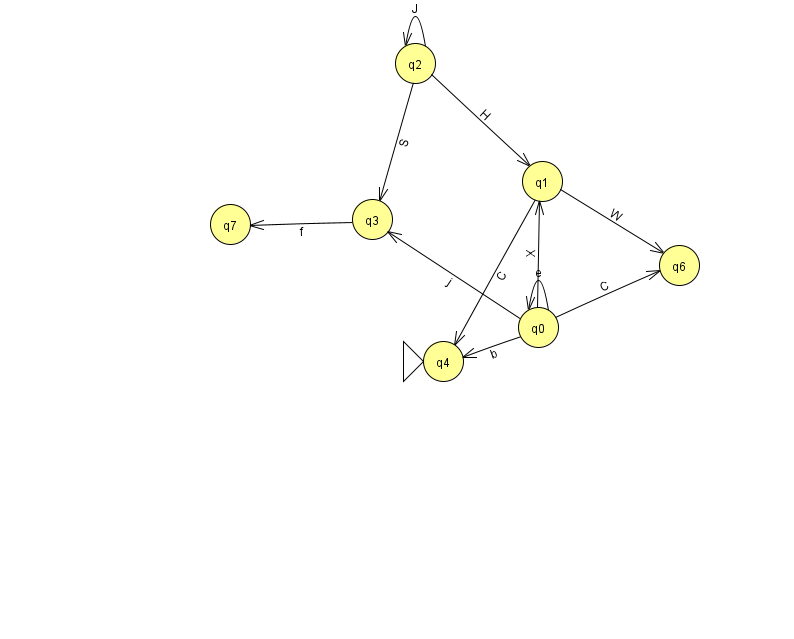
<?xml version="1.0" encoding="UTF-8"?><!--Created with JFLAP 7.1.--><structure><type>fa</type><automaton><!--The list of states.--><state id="0" name="q0"><x>538.0</x><y>314.0</y></state><state id="1" name="q1"><x>542.0</x><y>168.0</y></state><state id="2" name="q2"><x>415.0</x><y>50.0</y></state><state id="3" name="q3"><x>372.0</x><y>206.0</y></state><state id="4" name="q4"><x>443.0</x><y>348.0</y><initial/></state><state id="6" name="q6"><x>679.0</x><y>252.0</y></state><state id="7" name="q7"><x>230.0</x><y>211.0</y></state><!--The list of transitions.--><transition><from>0</from><to>1</to><read>X</read></transition><transition><from>2</from><to>3</to><read>S</read></transition><transition><from>0</from><to>6</to><read>C</read></transition><transition><from>0</from><to>0</to><read>e</read></transition><transition><from>0</from><to>3</to><read>j</read></transition><transition><from>1</from><to>4</to><read>C</read></transition><transition><from>1</from><to>6</to><read>W</read></transition><transition><from>3</from><to>7</to><read>f</read></transition><transition><from>2</from><to>2</to><read>J</read></transition><transition><from>0</from><to>4</to><read>b</read></transition><transition><from>2</from><to>1</to><read>H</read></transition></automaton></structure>